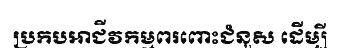
ប្រកបអាជីវកម្មពរពោះជំនួស ដើម្បី